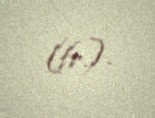
(fr.).